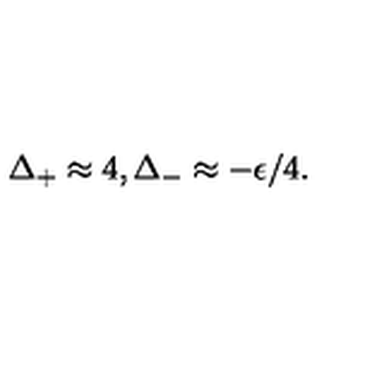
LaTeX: \Delta _ { + } \approx 4 , \Delta _ { - } \approx - \epsilon / 4 .